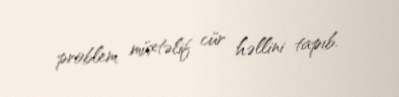
problem müxtəlif cür həllini tapıb.